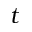
t